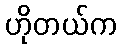
ဟိုတယ်က